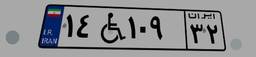
۱۴W۱۰۹۳۲